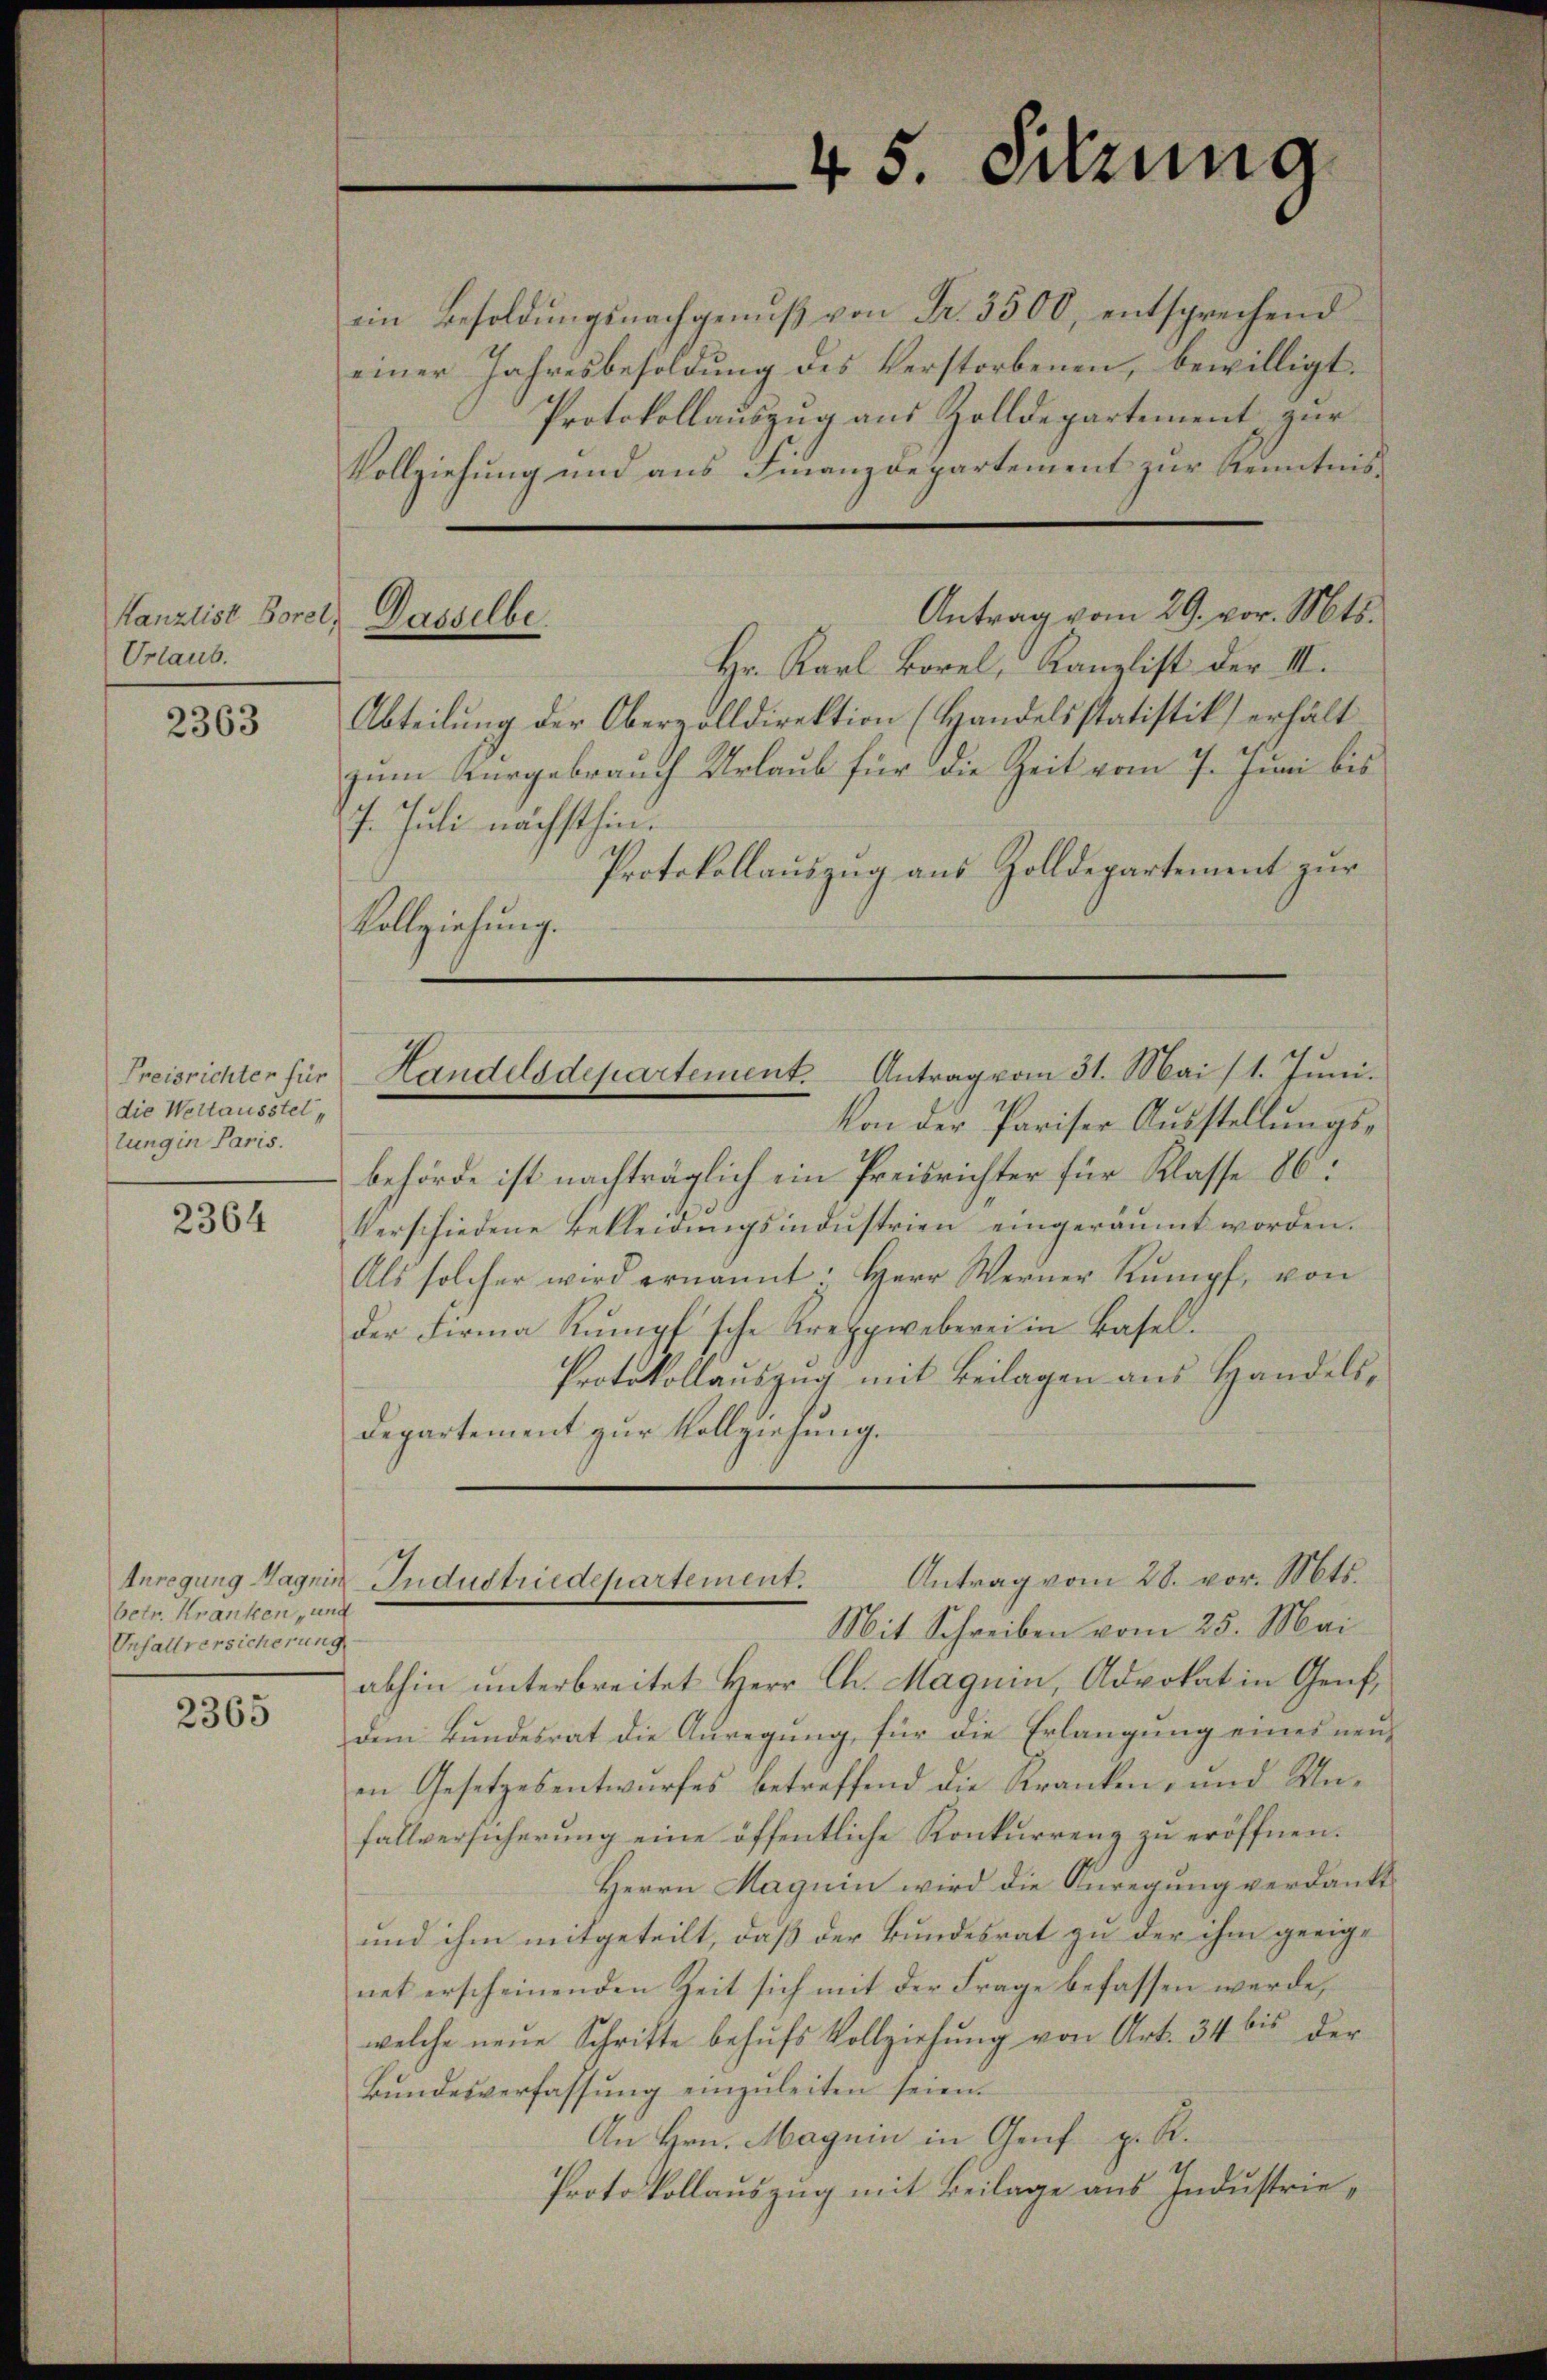
Kanzlist Borel, Dasselbe
Urlaub.

2363

2364

2365

Preisrichter für
die Weltausstellung in Paris.

Anregung Magnin
betr. Kranken, und
Unfallversicherung

Antrag vom 29. vor. Mts.

7. Juli nächsthin.

45. Sitzung

ein Besoldŭngsnachgenŭβ von Fr. 3500, entsprechend
einer Jahresbesoldung des Verstorbenen, bewilligt.
Protokollauszug aus Zolldepartement zur
Vollziehung und aus Finanzdepartement zur Kenntnis¬
Hr. Karl Borel, Kanzlist der III.
Abteilung der Oberzolldirektion (Handelsstatistik erhält
zum Kurgebrauch Urlaub für die Zeit vom 7. Juni bis
Protokollauszug aus Zolldepartement zur
Vollziehung.
Handelsdepartement. Antrag vom 31. Mai/1. Juni.
Von der Pariser Ausstellungsbehörde ist nachträglich ein Preisrichter für Klasse 86:
Verschiedene Bekleidungsindustrien eingeräumt worden.
Als solcher wird ernannt. Herr Werner Kŭmpf, von
der Firma Rŭmpf'sche Treppweberei in Basel.
Protokollauszug mit Beilagen aus Handels¬
Departement zur Vollziehung.

Antrag vom 28. vor. Mts.
Industriedepartement.

Mit Schreiben vom 25. Mai
abhin unterbreitet Herr Ch. Magnin, Advokat in Genf,
dem Bundesrat die Anregung, für die Erlangung eines neuen Gesetzesentwŭrfes betreffend die Kranken, und Un-
fallversicherung eine öffentliche Konkurrenz zu eröffnen.
Herrn Magnin wird die Anregung verdankt
und ihm mitgeteilt, daß der Bundesrat zu der ihm geeige
net erscheinenden Zeit sich mit der Frage befassen werde,
welche neŭe Schritte behŭfs Vollziehŭng von Art. 34 bis der
Bundesverfassung einzuleiten seien.
An Hrn. Magnin in Genf z. R.
Protokollauszug mit Beilage aus Industrie¬